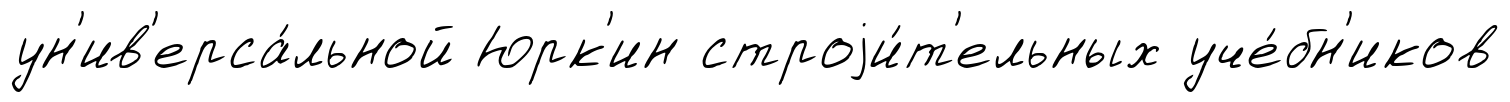
ун'ив'ерса́льной Юрк'ин строjи́т'ельных уче́бн'иков